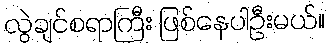
လွဲချင်စရာကြီး ဖြစ်နေပါဦးမယ်။